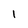
Character: i